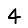
Digit: 4